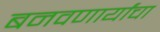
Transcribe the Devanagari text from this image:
बनवणार्यांचा